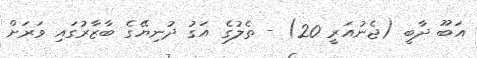
އަބޫ ދާބީ (ޖެނުއަރީ 20) - ތެލުގެ އަގު ދުނިޔޭގެ ބާޒާރުގައި ވަރަށް